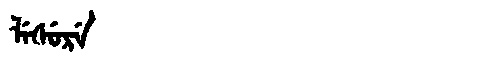
Manchu: ᠯᡝᠰᡠᡵᡝ
Romanization: LESURE